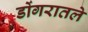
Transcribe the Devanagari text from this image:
डोंगरातले